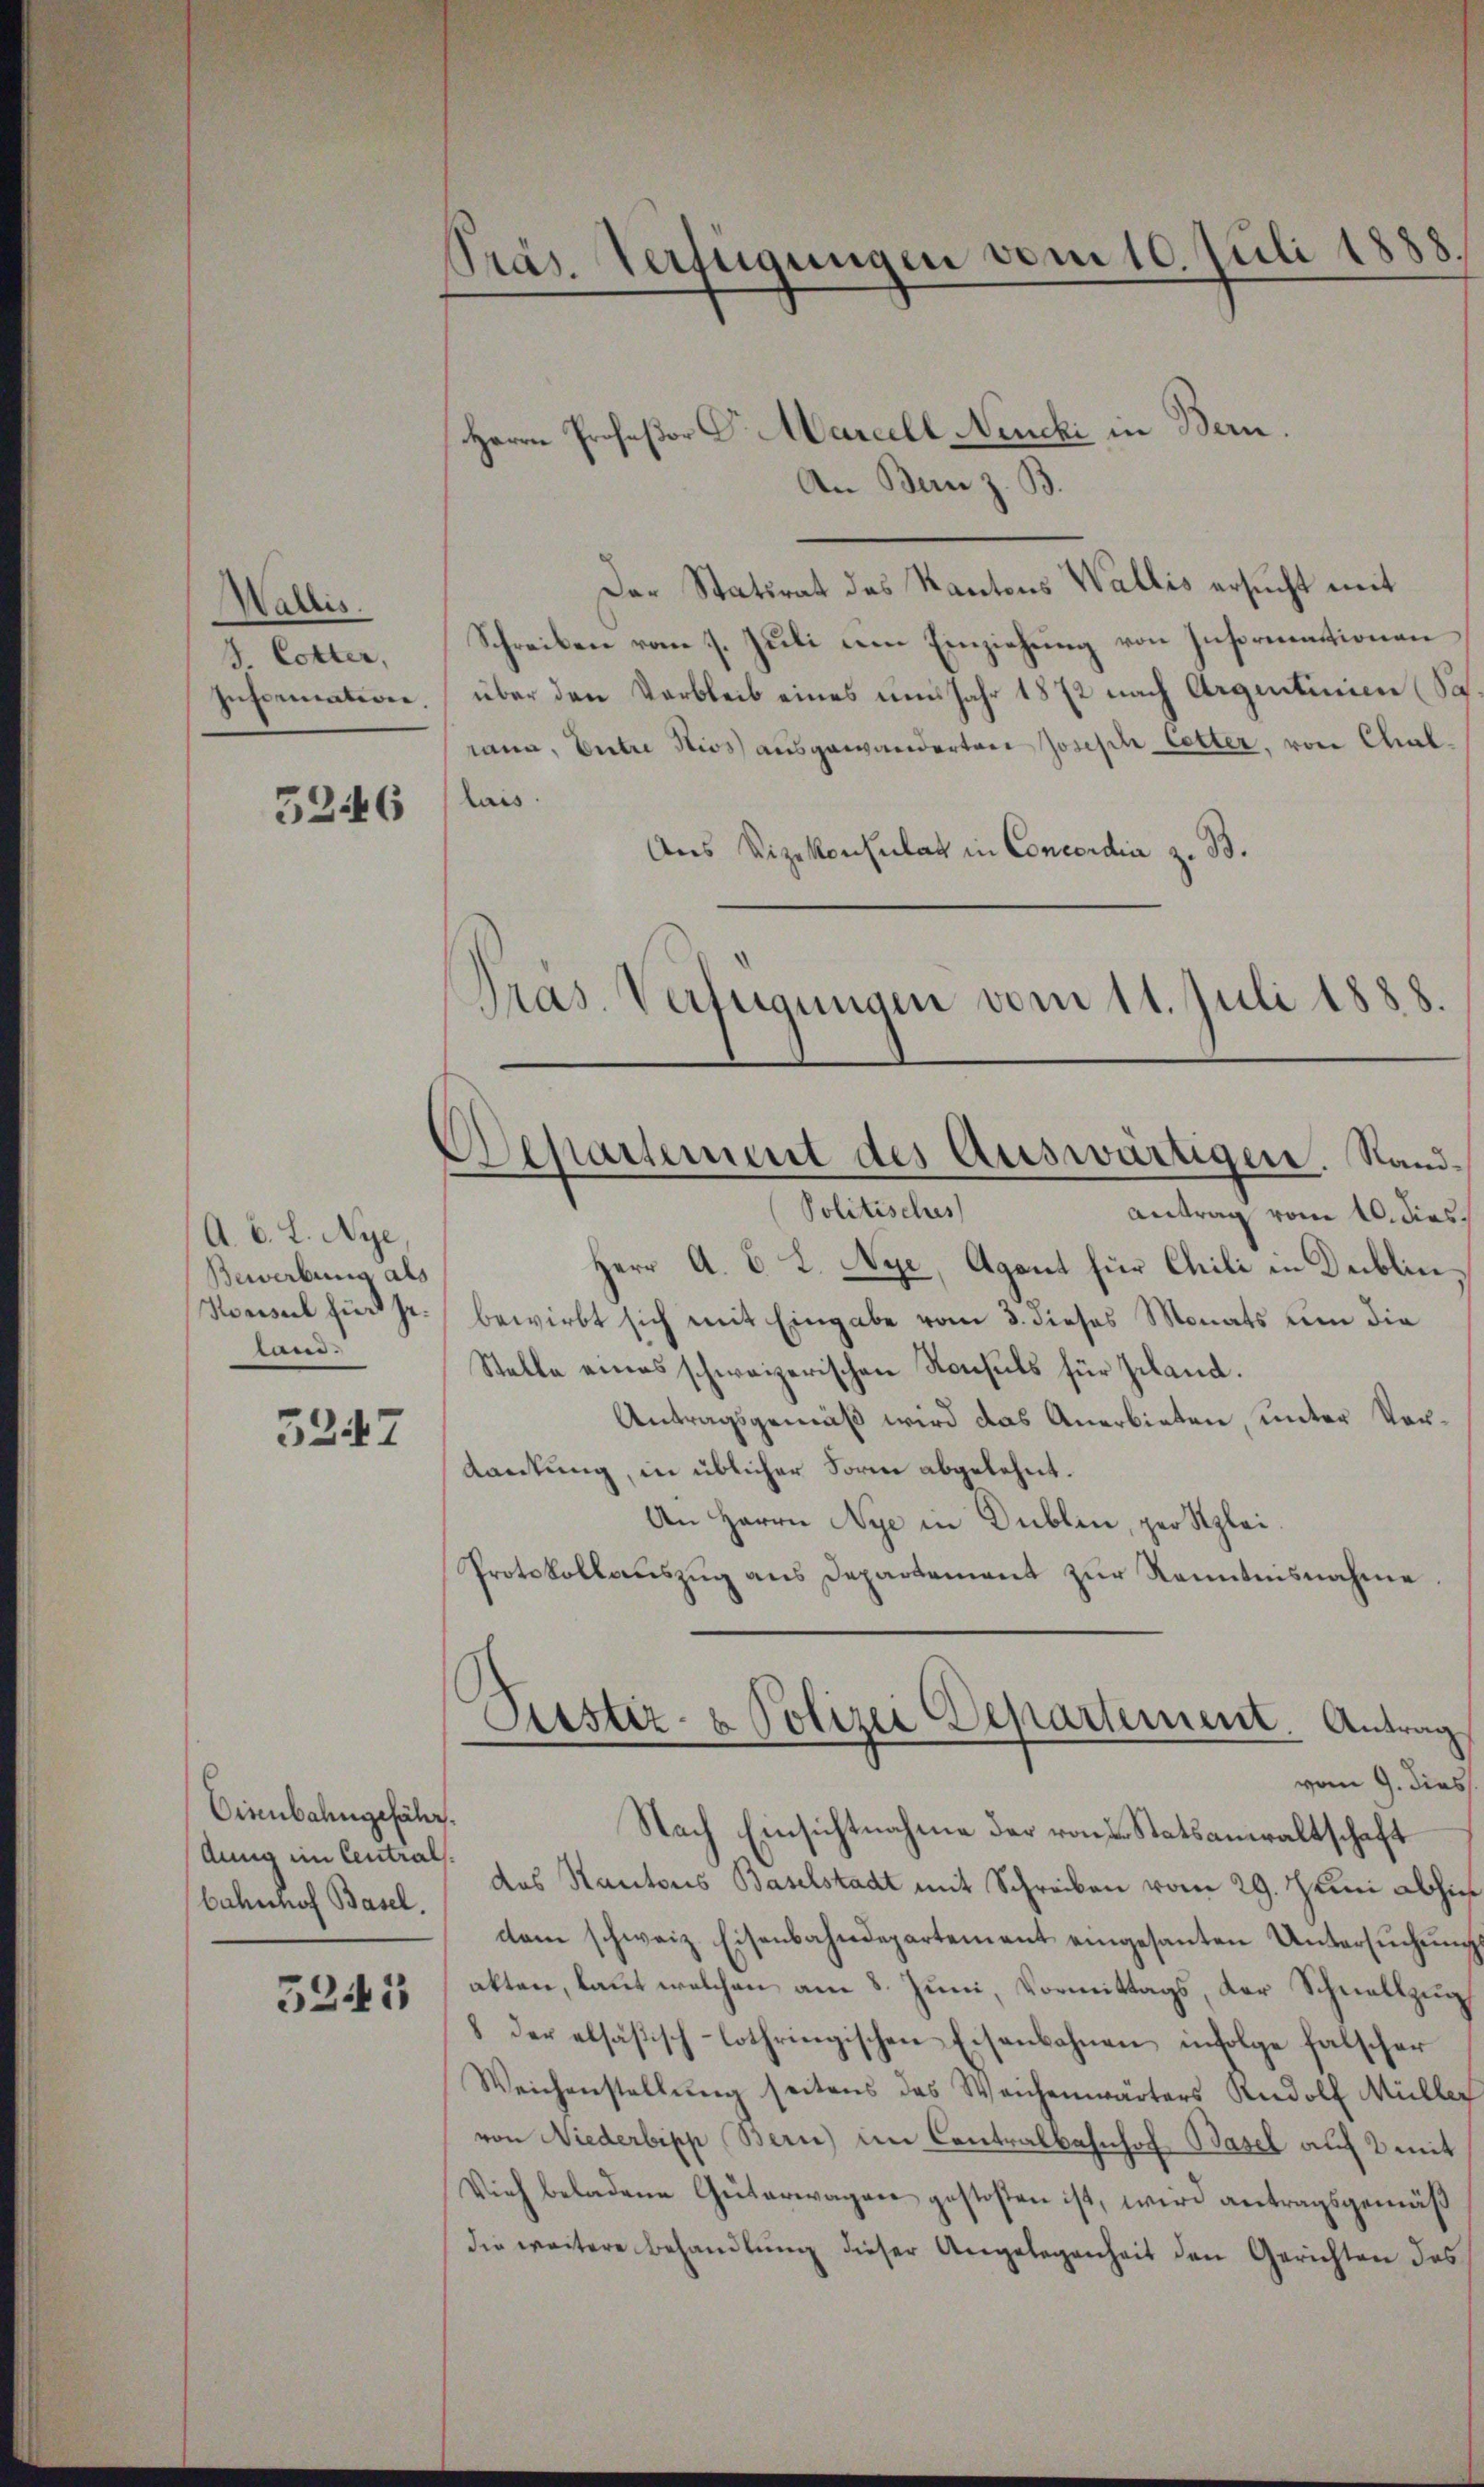
Wallis.
3. Cotter,
Informativen,

5246

A. B. L. Nye,
Bewerbung als
Konsul wird se
land.

5247

Eisenbahngefähr.
Aung im Centrals.
bahnhof Basel.

5245

Präs. Verfügungen vom 10. Juli 1888.
Herrn Profeßor C. Marcell. Neucki in Bern.

An Bern z. B.

Der Statsrat des Kantons Wallis ersucht mit
Schreiben vom 7. Jŭli am Einziehŭng von Insoremationen
über den Verbleib eines uns Jahr 1872 nach Argentinien (Sa
rana, Entre Hios ausgewanderten Joseph Cetter, von Chal.
lais.
Aus Vizekonsulat in Concordia z. B.
Pras. Verfügungen vom 11. Juli 1888.

Departement des Auswärtigen. Sand
Politisches

Piustiz- & Polizei Departement. Antrag
vom 9. dies

Antrag vom 10. dies
Herr A. B. L. Nye, Agent für Chili in Dublin
bewirbt sich mit Eingabe vom 3. dieses Monats um die
Stelle eines schweizerischen Konsuls für Geland.
Antragsgemäß wird das Anerbieten, unter Verdankung, in üblicher Form abgelehnt.
An Herrn Nye in Dublin, per Klei¬
Protokollauszug aus Departement zur Kenntnisnahme
Nach Einsichtnahme der von L. Statsanwaltschaft
das Kantons Baselstadt mit Schreiben vom 29. Juni abhi
dem schweiz. Eisenbahndepartement eingesanten Untersŭchen
akten, laut welchen am 8. Juni, Vormittags, der Schnellzu
8 der alsäsisch-lothringischen Eisenbahnen infolge falscher
Weichenstellŭng seitens das Weichenwärters Rudolf Mülle
von Niederbipp Bern) im Contralbahnhof Basel auf 2 mit
Vieh beladene Güterwagen gestosten ist, wird antragsgemäß
die weitere Behandlung dieser Angelegenheit den Gerichten des

)